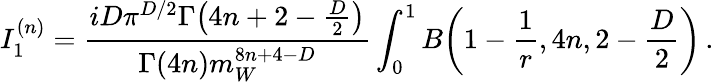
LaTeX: I_{1}^{(n)}=\frac{iD\pi^{D/2}\Gamma\big(4n+2-\frac{D}{2}\big)}{\Gamma(4n)m_{W}^{8n+4-D}}\int_{0}^{1}B\bigg(1-\frac{1}{r},4n,2-\frac{D}{2}\bigg)\, .